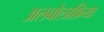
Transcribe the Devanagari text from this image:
अलबोलाफ़िया